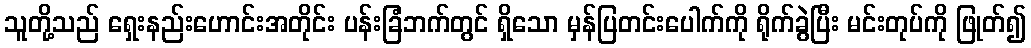
သူတို့သည် ရှေးနည်းဟောင်းအတိုင်း ပန်းခြံဘက်တွင် ရှိသော မှန်ပြတင်းပေါက်ကို ရိုက်ခွဲပြီး မင်းတုပ်ကို ဖြုတ်၍